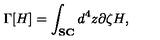
\Gamma [ H ] = \int _ { \bf S C } d ^ { 4 } z \partial \zeta H ,